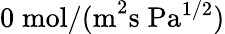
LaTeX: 0\; \mathrm{mol/(m}^{2}\mathrm{s\; Pa}^{1/2})